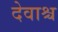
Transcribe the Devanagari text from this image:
देवाश्च